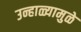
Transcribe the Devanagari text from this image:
उन्हाळ्यामुळे